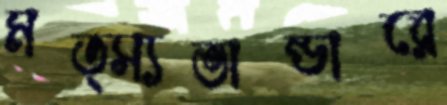
মত্স্যভান্ডারে